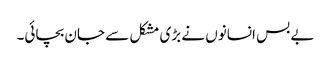
بے بس انسانوں نے بڑی مشکل سے جان بچائی۔